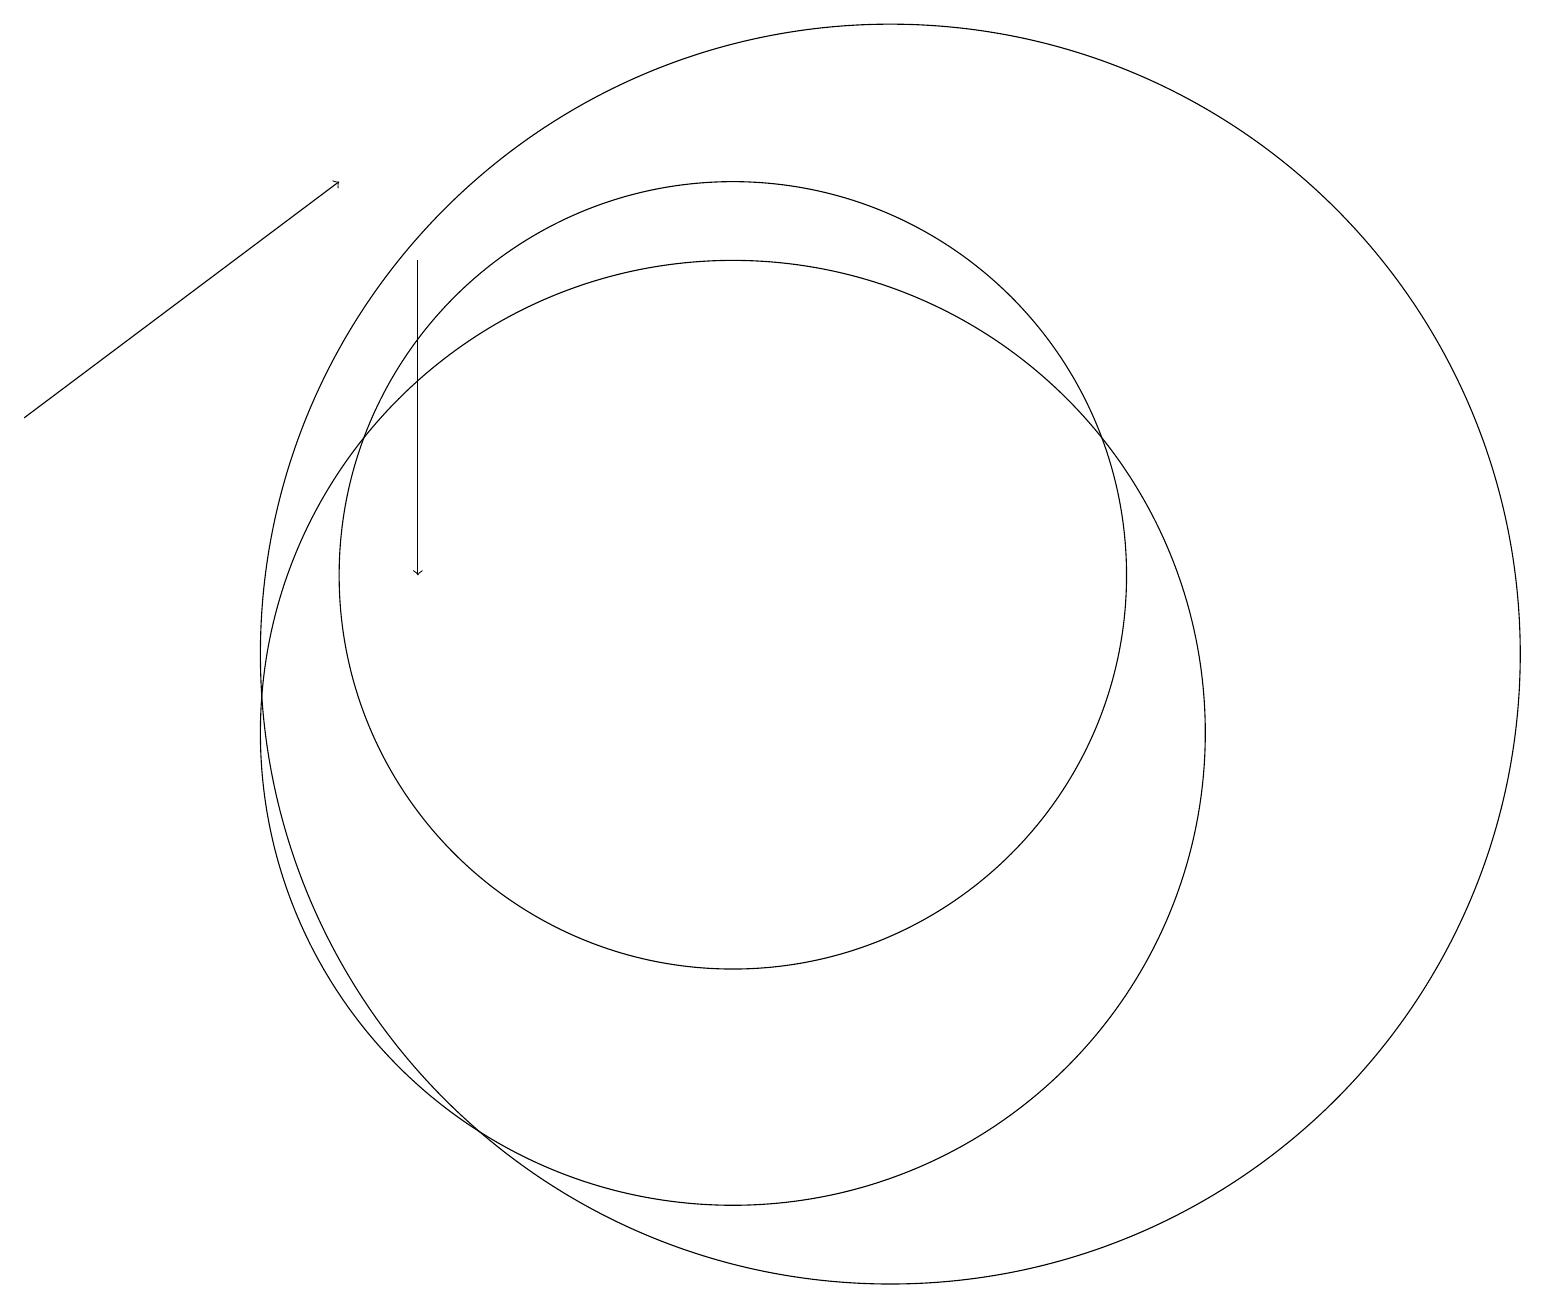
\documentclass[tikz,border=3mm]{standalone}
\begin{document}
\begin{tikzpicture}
\draw[->] (1,14) -- (5,17);
\draw[->] (6,16) -- (6,12);
\draw (10,10) circle (6);
\draw (12,11) circle (8);
\draw (10,12) circle (5);
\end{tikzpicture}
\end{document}